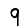
Digit: 9